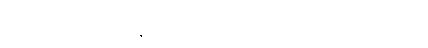
ဒါကလည်း အနုပညာတစ်မျိုးလို့ဘဲ ပြောရမှာပါ။